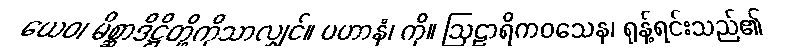
ယေဝ၊ မိစ္ဆာဒိဋ္ဌိတို့ကိုသာလျှင်။ ပဟာနံ၊ ကို။ ဩဠာရိကဝသေန၊ ရုန့်ရင်းသည်၏